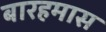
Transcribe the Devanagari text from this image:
बारहमास